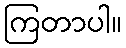
ကြတာပါ။